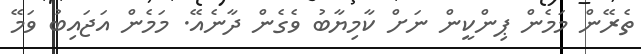
ތެރޭން މަމެން ޕިންކީން ނަށް ކާމިޔާބު ވެގެން ދާނެއޭ. މަމެން އަޖައިބު ވަމޭ